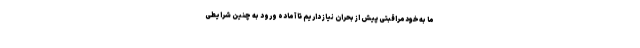
ما به‌خودمراقبتی پیش از بحران نیاز داریم تا آماده ورود به چنین شرایطی